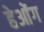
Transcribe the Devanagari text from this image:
हेओंग